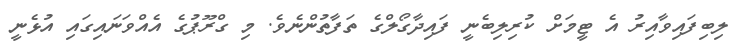
ލިބިފައިވާއިރު އެ ޓީމަށް ކުރިލިބެނީ ފައިދާގޯލްގެ ތަފާތުންނެވެ. މި ގްރޫޕުގެ އެއްވަނައިގައި އުޅެނީ